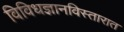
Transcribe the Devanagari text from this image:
विविधज्ञानविस्तारात